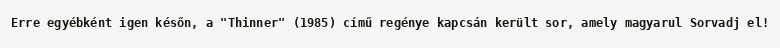
Erre egyébként igen későn, a "Thinner" (1985) című regénye kapcsán került sor, amely magyarul Sorvadj el!